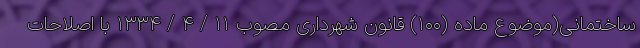
ساختمانی(موضوع ماده (۱۰۰) قانون شهرداری مصوب ۱۱ / ۴ / ۱۳۳۴ با اصلاحات